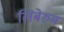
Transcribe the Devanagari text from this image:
लिबेरुम